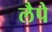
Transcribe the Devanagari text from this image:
लैपे